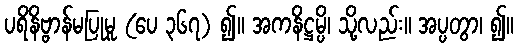
ပရိနိဗ္ဗာန်မပြုမူ (ပေ ၃၆၇) ၍။ အကနိဋ္ဌမ္ပိ၊ သို့လည်း။ အပ္ပတွာ၊ ၍။